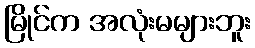
မြိုင်က အလုံးမများဘူး